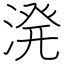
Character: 溌